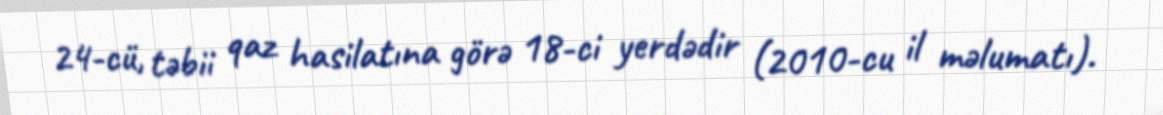
24-cü, təbii qaz hasilatına görə 18-ci yerdədir (2010-cu il məlumatı).